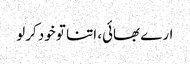
ارے بھائی، اتنا تو خود کرلو